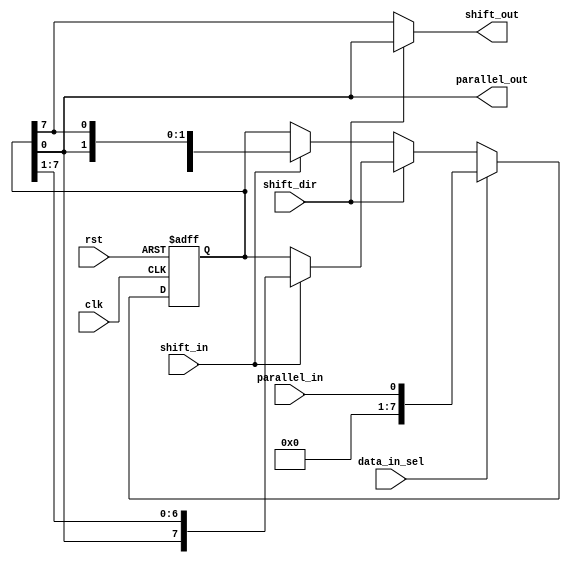
module UniversalShiftRegister (
    input wire clk,
    input wire rst,
    input wire shift_dir,
    input wire data_in_sel,
    input wire shift_in,
    input wire parallel_in,
    output reg shift_out,
    output reg parallel_out
);

reg [7:0] reg_data;

always @(posedge clk or posedge rst) begin
    if (rst) begin
        reg_data <= 8'h00;
    end else begin
        if (shift_dir) begin // right shift
            if (shift_in) begin
                reg_data <= {reg_data[0], reg_data[7:1]};
            end
        end else begin // left shift
            if (shift_in) begin
                reg_data <= {reg_data[6:0], reg_data[7]};
            end
        end
        
        if (data_in_sel) begin // parallel loading
            reg_data <= parallel_in;
        end
    end
end

assign shift_out = shift_dir ? reg_data[0] : reg_data[7];
assign parallel_out = reg_data;

endmodule